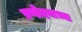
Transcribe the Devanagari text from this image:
प्रणोदनाच्या